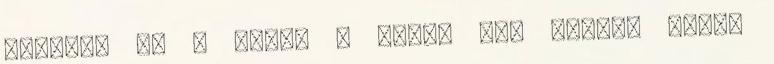
Piroska is , akkor a tükör nem mondta volna